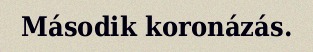
Második koronázás.